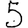
Digit: 5